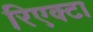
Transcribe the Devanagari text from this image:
रिएक्टा